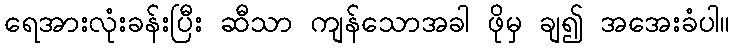
ရေအားလုံးခန်းပြီး ဆီသာ ကျန်သောအခါ ဖိုမှ ချ၍ အအေးခံပါ။